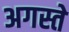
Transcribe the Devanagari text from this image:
अगस्ते